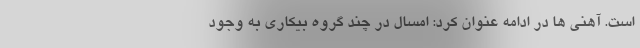
است. آهنی ها در ادامه عنوان کرد: امسال در چند گروه بیکاری به وجود